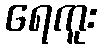
ရေကူး